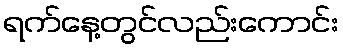
ရက်နေ့တွင်လည်းကောင်း